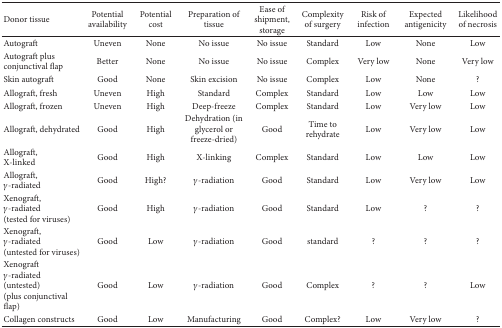
<table><thead><tr><td><b>Donor tissue</b></td><td><b>Potential availability</b></td><td><b>Potential cost</b></td><td><b>Preparation of tissue </b></td><td><b>Ease of shipment, storage</b></td><td><b>Complexity of surgery</b></td><td><b>Risk of infection</b></td><td><b>Expected antigenicity</b></td><td><b>Likelihood of necrosis</b></td></tr></thead><tbody><tr><td>Autograft</td><td>Uneven</td><td>None</td><td>No issue</td><td>No issue</td><td>Standard</td><td>Low </td><td>None</td><td>Low </td></tr><tr><td>Autograft plus conjunctival flap</td><td>Better</td><td>None</td><td>No issue</td><td>No issue</td><td>Complex</td><td>Very low</td><td>None</td><td>Very low</td></tr><tr><td>Skin autograft</td><td>Good</td><td>None</td><td>Skin excision</td><td>No issue</td><td>Complex</td><td>Low </td><td>None</td><td>?</td></tr><tr><td>Allograft, fresh</td><td>Uneven</td><td>High</td><td>Standard</td><td>Complex</td><td>Standard</td><td>Low</td><td>Low</td><td>Low</td></tr><tr><td>Allograft, frozen</td><td>Uneven</td><td>High</td><td>Deep-freeze</td><td>Complex </td><td>Standard</td><td>Low</td><td>Very low</td><td>Low</td></tr><tr><td>Allograft, dehydrated </td><td>Good</td><td>High</td><td>Dehydration (in glycerol or freeze-dried)</td><td>Good</td><td>Time to rehydrate</td><td>Low</td><td>Very low</td><td>Low</td></tr><tr><td>Allograft, X-linked</td><td>Good</td><td>High</td><td>X-linking</td><td>Complex</td><td>Standard</td><td>Low</td><td>Low</td><td>Low</td></tr><tr><td>Allograft, <i>γ</i>-radiated</td><td>Good</td><td>High?</td><td><i>γ</i>-radiation</td><td>Good</td><td>Standard</td><td>Low</td><td>Very low</td><td>Low</td></tr><tr><td>Xenograft, <i>γ</i>-radiated(tested for viruses)</td><td>Good</td><td>High</td><td><i>γ</i>-radiation</td><td>Good</td><td>Standard</td><td>Low</td><td>?</td><td>?</td></tr><tr><td>Xenograft, <i>γ</i>-radiated(untested for viruses)</td><td>Good</td><td>Low</td><td><i>γ</i>-radiation</td><td>Good</td><td>standard</td><td>?</td><td>?</td><td>?</td></tr><tr><td>Xenograft <i>γ</i>-radiated(untested)(plus conjunctival flap)</td><td>Good</td><td>Low</td><td><i>γ</i>-radiation</td><td>Good</td><td>Complex</td><td>?</td><td>?</td><td>Low</td></tr><tr><td>Collagen constructs</td><td>Good</td><td>Low</td><td>Manufacturing</td><td>Good</td><td>Complex?</td><td>Low</td><td>Very low</td><td>?</td></tr></tbody></table>